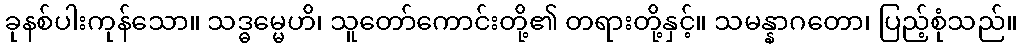
ခုနစ်ပါးကုန်သော။ သဒ္ဓမ္မေဟိ၊ သူတော်ကောင်းတို့၏ တရားတို့နှင့်။ သမန္နာဂတော၊ ပြည့်စုံသည်။